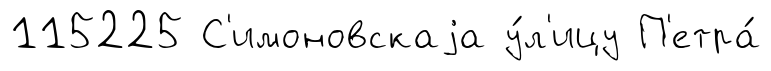
115225 С'имоновскаjа у́л'ицу П'етра́